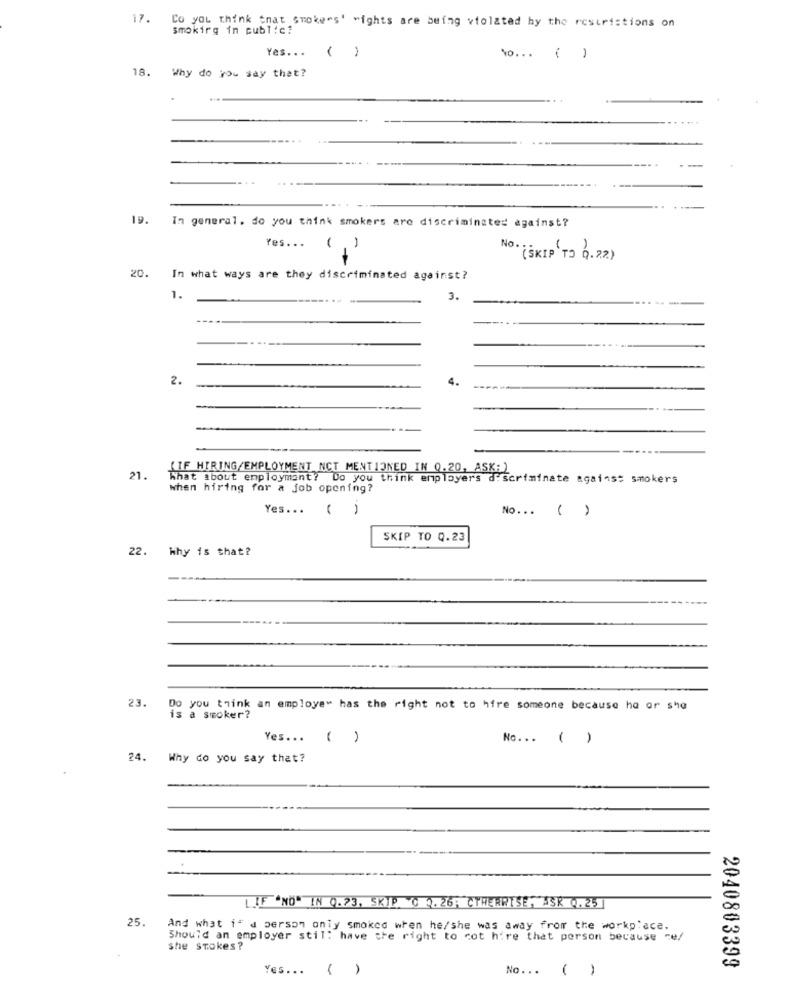
17.
Co you think that smokers' "ights are being violated hy the restrictions on
smoking in public?
Yes ...
( )
No ... ( )
18.
Why do You say that?
19.
In general. do you think smokers are discriminated against?
Yes. ..
(.)
NO . (SKIP TO 0. 22)
20.
In what ways are they discriminated against?
1.
3.
2.
4.
{IF HIRING/EMPLOYMENT NCT MENTIONED IN 0.20, ASK;)
21.
What about employment? Do you think employers discriminate against smokers
when hiring for a job opening?
Yes ...
No ... ( )
SKIP TO 0.23
22. Why is that?
23.
is
you think an employe" has the right not to hire someone because he or she
a smoker?
Yes ... ( )
No ... ( )
24.
Why do you say that?
LIF "NO" IN Q.23, SKIP 0 3.26; OTHERWISE, JISK 0.25
25.
And what i" a person only smoked when he/she was away from the workplace.
Should an employer stil: have the right to cot hire that person because ce/
she stokes?
Yes ... ( )
No ...
( )
2040803399